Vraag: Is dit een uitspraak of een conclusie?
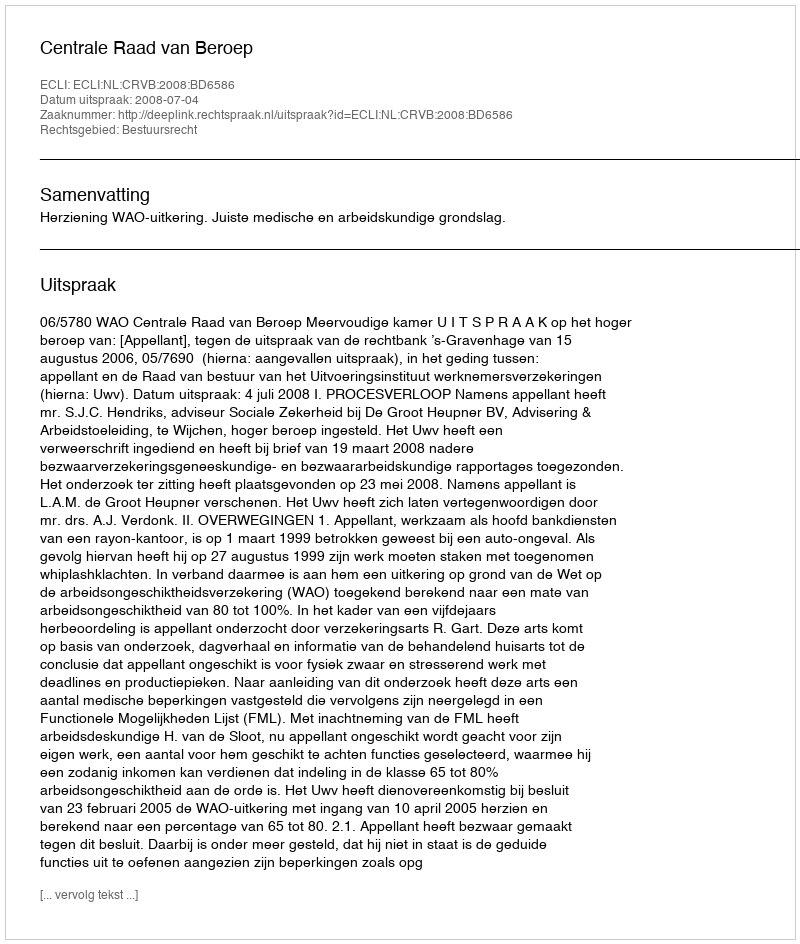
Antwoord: Uitspraak